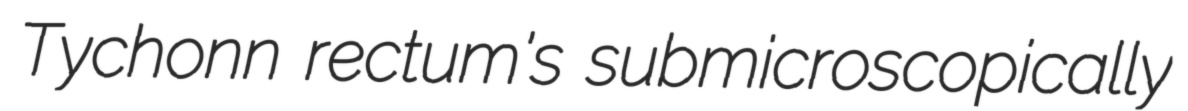
Tychonn rectum's submicroscopically